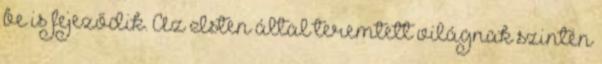
be is fejeződik. Az Isten által teremtett világnak szintén